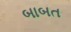
બાબત